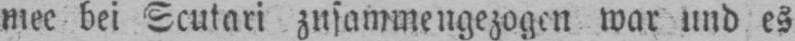
war und es